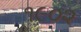
૧૯૦૨